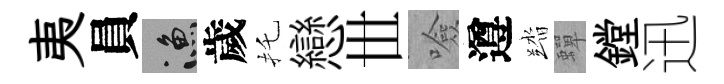
夷員漁歲托戀𠀍噞遵踏蟬鏜迅